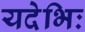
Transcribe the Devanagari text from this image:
यदेभिः